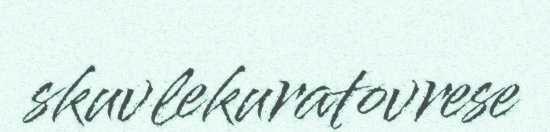
skuvlekuratovrese